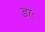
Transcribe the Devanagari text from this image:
डाः